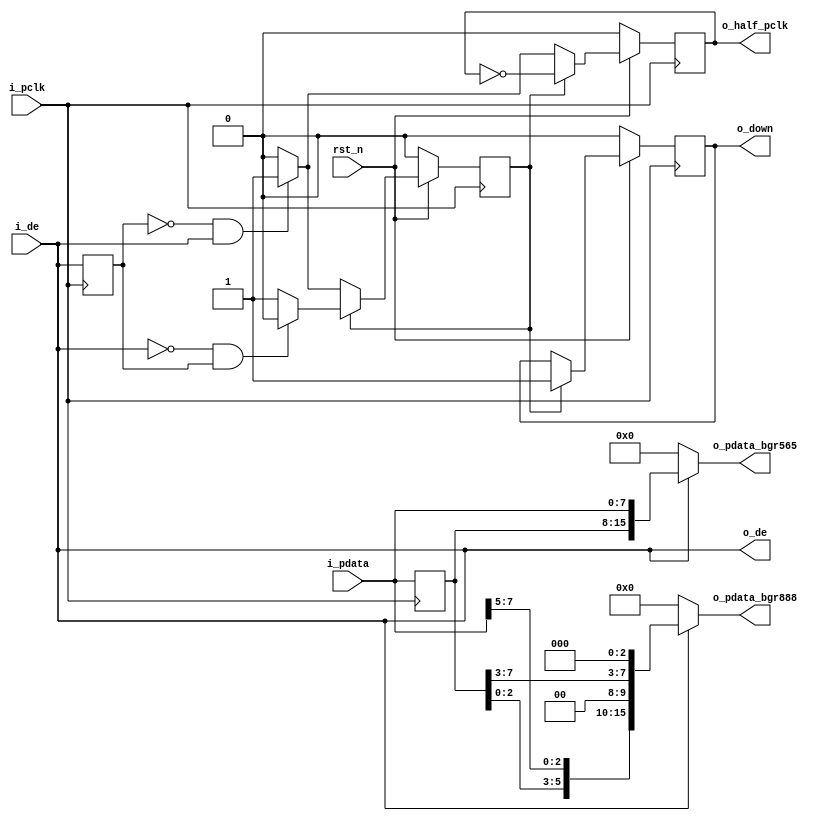
module my_cmos_8_16bit(
	input			   rst_n			,
	input              i_pclk			,
	input [7:0]        i_pdata			,
	input              i_de				,
	output wire[23:0]  o_pdata_bgr888	,
	output wire[15:0]  o_pdata_bgr565	,
	output reg	       o_half_pclk		,
	output wire        o_de				,
	output reg		   o_down			
);
reg working = 0;
reg [15:0] byte2;

reg [7:0] pdata_o;
assign o_pdata_bgr888 = i_de ? {i_pdata[4:0],3'd0,pdata_o[2:0],i_pdata[7:5],2'd0,pdata_o[7:3],3'd0} : 24'h0000;//{r,g,b}
assign o_pdata_bgr565 = i_de ? { pdata_o, i_pdata} : 16'h0000;

reg i_de_bef;
always@(posedge i_pclk) i_de_bef <= i_de;
wire i_de_pos, i_de_neg;
assign i_de_pos = (~i_de_bef)&i_de;
assign i_de_neg = (~i_de)&i_de_bef;

assign o_de = i_de;

always@(posedge i_pclk) pdata_o <= i_pdata;
always@(posedge i_pclk )begin
	if(~rst_n)begin
		o_half_pclk <= 0;
		o_down 		<= 0;
		working		<= 0;
	end
	else begin
		byte2 <= {byte2[0], i_pdata};
		if(working)begin
			o_half_pclk <= ~o_half_pclk;
			o_down 		<= 1;
			if(i_de_neg)
				working		<= 0;
		end
		else begin
			if(i_de_pos) begin
				o_half_pclk <= 1'd1;
				working		<= 1;
			end
			else
				o_half_pclk <= 1'd0;
		end
	end
end
endmodule